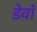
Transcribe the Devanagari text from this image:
डेवॉ